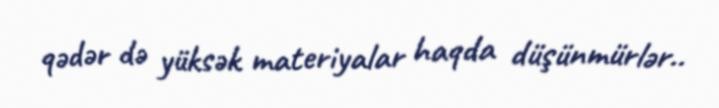
qədər də yüksək materiyalar haqda düşünmürlər..